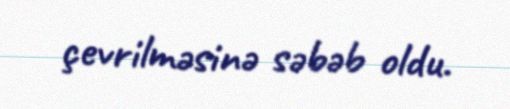
çevrilməsinə səbəb oldu.